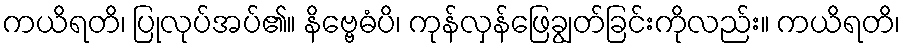
ကယိရတိ၊ ပြုလုပ်အပ်၏။ နိဗ္ဗေဓံပိ၊ ကုန်လှန်ဖြေချွတ်ခြင်းကိုလည်း။ ကယိရတိ၊